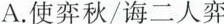
A.使弈秋/诲二人弈